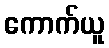
ကောက်ယူ